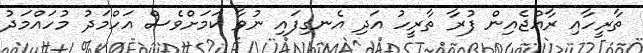
ތާރީހާއި ރާއްޖެއިން ފުރާ ތާރީހު އަދި އެނގިފައި ނުވާ ކަމަށްވެސް އަހްމަދު މުހައްމަދު